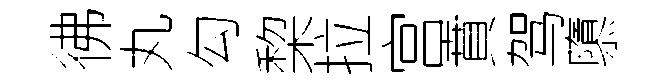
彿丸勾棃拉宫賁驾隳